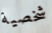
شخصية